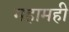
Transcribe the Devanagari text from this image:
महामही